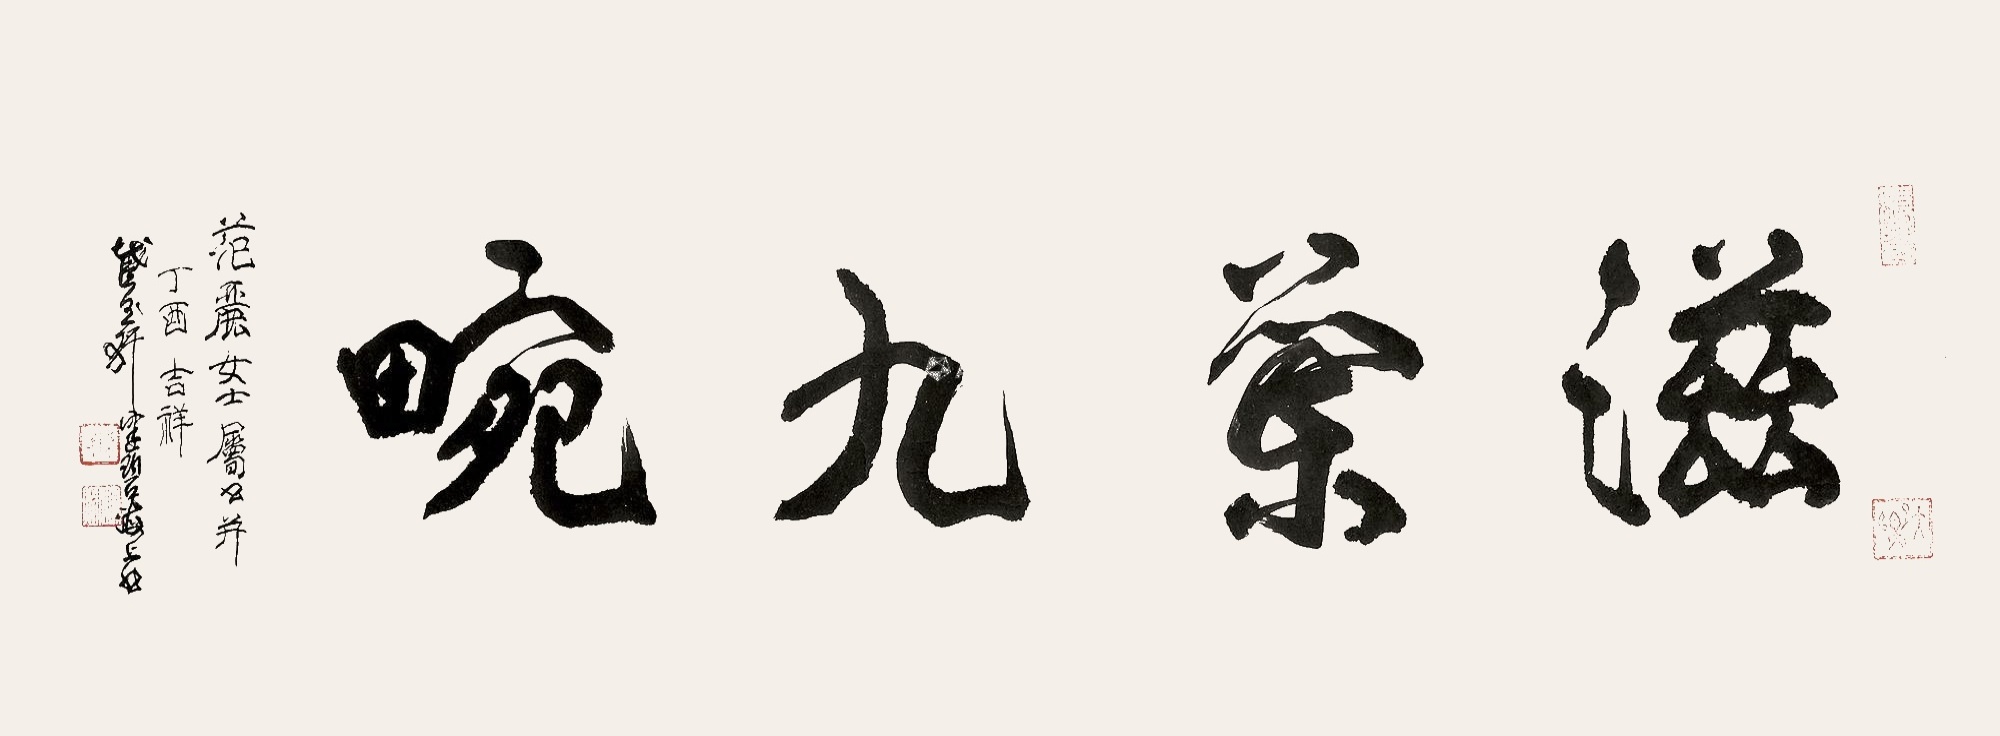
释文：姿兰九畹。滋丽女士属书并，丁酉吉祥，截玉轩健碧海上书。